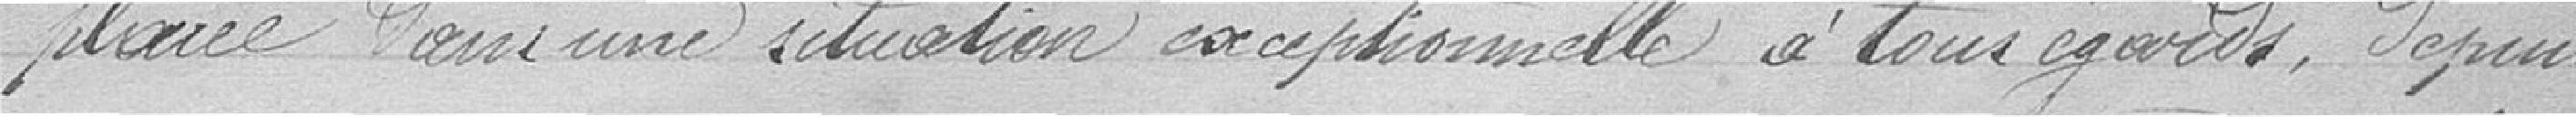
placée dans une réduction exceptionnelle à leurs égards. Depuis